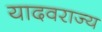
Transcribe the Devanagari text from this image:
यादवराज्य